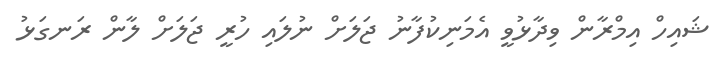
ޝައިހް އިމްރާން ވިދާޅުވީ އެމަނިކުފާނު ޖަލަށް ނުލައި ހުރީ ޖަލަށް ލާން ރަނގަޅު